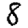
Digit: 8